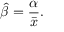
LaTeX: { \widehat { \beta } } = { \frac { \alpha } { \bar { x } } } .